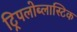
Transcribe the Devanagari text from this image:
ट्रिपलोब्लास्टिक